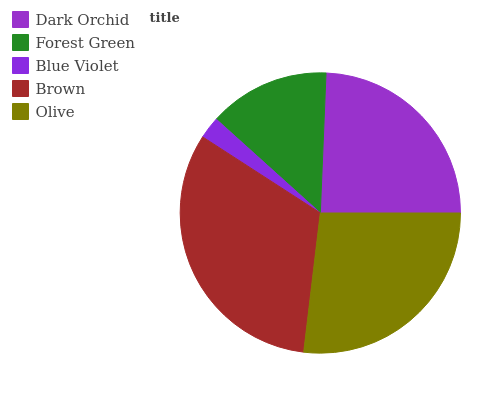
| Dark Orchid | Forest Green | Blue Violet | Brown | Olive |
 | --- | --- | --- | --- | --- |
 | 24.3% | 14% | 2.54% | 32.3% | 26.9% |